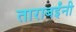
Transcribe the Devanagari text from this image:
ताराबईंनी